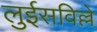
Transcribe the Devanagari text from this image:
लुईसविल्ले